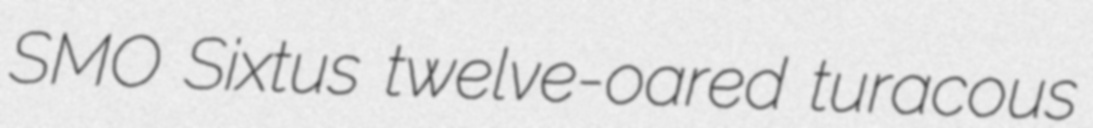
SMO Sixtus twelve-oared turacous